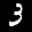
Label: 3